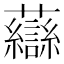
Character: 𧄶